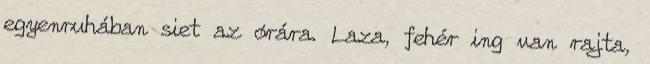
egyenruhában siet az órára. Laza, fehér ing van rajta,